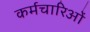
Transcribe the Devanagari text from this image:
कर्मचारिओं